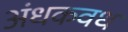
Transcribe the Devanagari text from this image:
अंधकवध